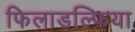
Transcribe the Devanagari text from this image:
फिलाडल्फिया